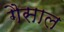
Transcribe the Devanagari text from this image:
गैसाल